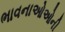
ભાવનાઓઓની